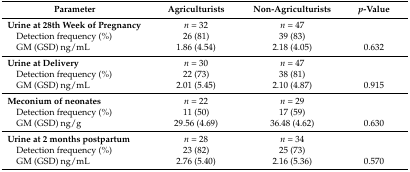
<table><thead><tr><td><b>Parameter</b></td><td><b>Agriculturists</b></td><td><b>Non-Agriculturists</b></td><td><b><i>p</i>-Value</b></td></tr></thead><tbody><tr><td><b>Urine at 28th Week of Pregnancy</b></td><td><i>n</i> = 32</td><td><i>n</i> = 47</td><td></td></tr><tr><td> Detection frequency (%)</td><td>26 (81)</td><td>39 (83)</td><td></td></tr><tr><td> GM (GSD) ng/mL</td><td>1.86 (4.54)</td><td>2.18 (4.05)</td><td>0.632</td></tr><tr><td><b>Urine at Delivery</b></td><td><i>n</i> = 30</td><td><i>n</i> = 47</td><td></td></tr><tr><td> Detection frequency (%)</td><td>22 (73)</td><td>38 (81)</td><td></td></tr><tr><td> GM (GSD) ng/mL</td><td>2.01 (5.45)</td><td>2.10 (4.87)</td><td>0.915</td></tr><tr><td><b>Meconium of neonates</b></td><td><i>n</i> = 22</td><td><i>n</i> = 29</td><td></td></tr><tr><td> Detection frequency (%)</td><td>11 (50)</td><td>17 (59)</td><td></td></tr><tr><td> GM (GSD) ng/g</td><td>29.56 (4.69)</td><td>36.48 (4.62)</td><td>0.630</td></tr><tr><td><b>Urine at 2 months postpartum</b></td><td><i>n</i> = 28</td><td><i>n</i> = 34</td><td></td></tr><tr><td> Detection frequency (%)</td><td>23 (82)</td><td>25 (73)</td><td></td></tr><tr><td> GM (GSD) ng/mL</td><td>2.76 (5.40)</td><td>2.16 (5.36)</td><td>0.570</td></tr></tbody></table>